Annual administration and progress report of the Indian Medical Department, Bombay
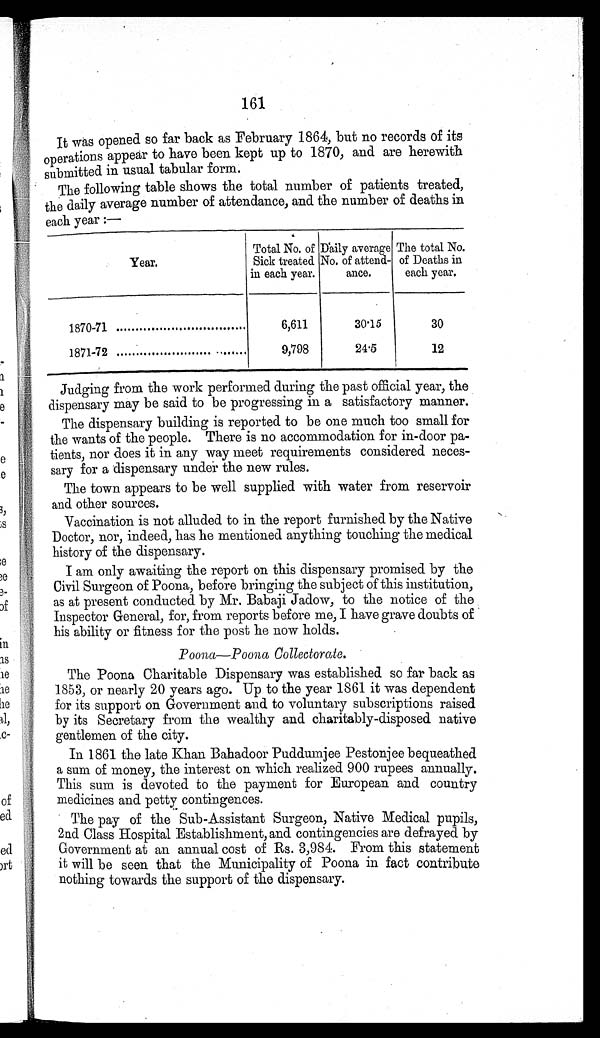
161
It was opened so far back as February 1864, but no records of its
operations appear to have been kept up to 1870, and are herewith
submitted in usual tabular form.
The following table shows the total number of patients treated,
the daily average number of attendance, and the number of deaths in
each year :—
Year.
Total No. of
Sick treated
in each year.
Daily average
No. of attend-
mace.
The total No.
of Deaths in
each year.
1870-71
6,611
30.15
30
1871-72
9,798
24.5
12
Judging from the work performed during the past official year, the
dispensary may be said to be progressing in a satisfactory manner.
The dispensary building is reported to be one much too small for
the wants of the people. There is no accommodation for in-door pa-
tients, nor does it in any way meet requirements considered neces-
sary for a dispensary under the new rules.
The town appears to be well supplied with water from reservoir
and other sources.
Vaccination is not alluded to in the report furnished by the Native
Doctor, nor, indeed, has he mentioned anything touching the medical
history of the dispensary.
I am only awaiting the report on this dispensary promised by the
Civil Surgeon of Poona, before bringing the subject of this institution,
as at present conducted by Mr. Babaji Jadow, to the notice of the
Inspector General, for, from reports before me, I have grave doubts of
his ability or fitness for the post he now holds.
Poona—Poona Collectorate.
The Poona Charitable Dispensary was established so far back as
1853, or nearly 20 years ago. Up to the year 1861 it was dependent
for its support on Government and to voluntary subscriptions raised
by its Secretary from the wealthy and charitably-disposed native
gentlemen of the city.
In 1861 the late Khan Bahadoor Puddumjee Pestonjee bequeathed
a sum of money, the interest on which realized 900 rupees annually.
This sum is devoted to the payment for European and country
medicines and petty contingences.
The pay of the Sub-Assistant Surgeon, Native Medical pupils,
2nd Class Hospital Establishment, and contingencies are defrayed by
Government at an annual cost of Rs. 3,984. From this statement
it will be seen that the Municipality of Poona in fact contribute
nothing towards the support of the dispensary.